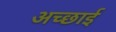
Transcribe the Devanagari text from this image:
अच्‍छाई